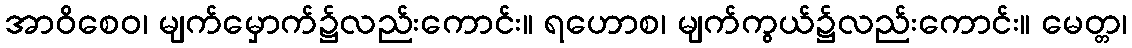
အာဝိစေဝ၊ မျက်မှောက်၌လည်းကောင်း။ ရဟောစ၊ မျက်ကွယ်၌လည်းကောင်း။ မေတ္တ၊